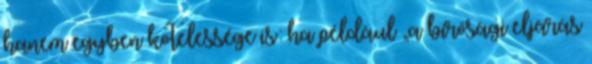
hanem egyben kötelessége is: ha például „a bírósági eljárás